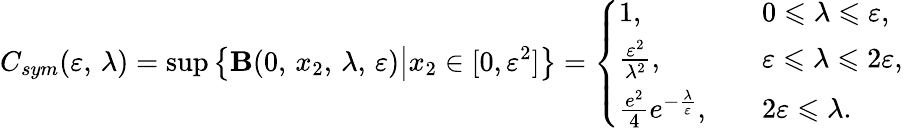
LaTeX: C_{sym}(\varepsilon,\, \lambda)=\operatorname*{sup}\left\{ {\mathbf B}(0,\, x_{2},\, \lambda,\, \varepsilon)\big|x_{2}\in[0,\varepsilon^{2}]\right\} =\left\{ \begin{array}{ll}{1,}&{\quad 0\leqslant\lambda\leqslant\varepsilon,}\\ {\frac{\varepsilon^{2}}{\lambda^{2}},}&{\quad\varepsilon\leqslant\lambda\leqslant 2\varepsilon,}\\ {\frac{e^{2}}{4}e^{-\frac{\lambda}{\varepsilon}},}&{\quad 2\varepsilon\leqslant\lambda.}\end{array}\right.